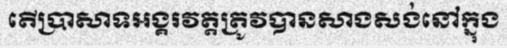
តើប្រាសាទអង្គរវត្តត្រូវបានសាងសង់នៅក្នុង